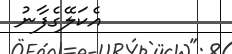
އެކަލޭގެފާނު